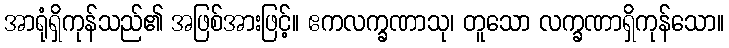
အာရုံရှိကုန်သည်၏ အဖြစ်အားဖြင့်။ ဧကလက္ခဏာသု၊ တူသော လက္ခဏာရှိကုန်သော။